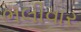
ભલીવાર